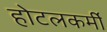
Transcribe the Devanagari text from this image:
होटलकर्मी